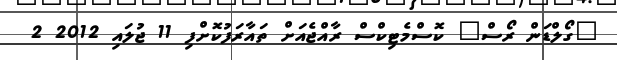
"ގޯލްޑަން ރޯސް" ކޮސްމެޓިކްސް ރާއްޖެއަށް ތައާރަފުކޮށްފި 11 ޖުލައި 2012 2